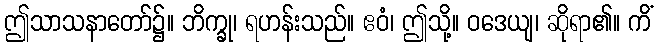
ဤသာသနာတော်၌။ ဘိက္ခု၊ ရဟန်းသည်။ ဧဝံ၊ ဤသို့။ ဝဒေယျ၊ ဆိုရာ၏။ ကိံ